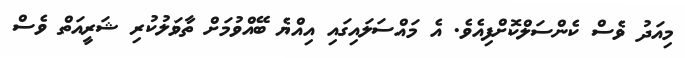
މިއަދު ވެސް ކެންސަލްކޮށްފިއެވެ. އެ މައްސަލައިގައި އިއްޔެ ބޭއްވުމަށް ތާވަލުކުރި ޝަރީއަތް ވެސް